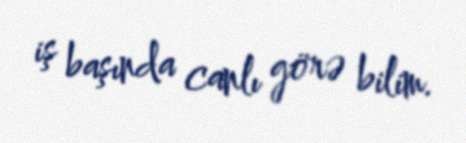
iş başında canlı görə bilim.